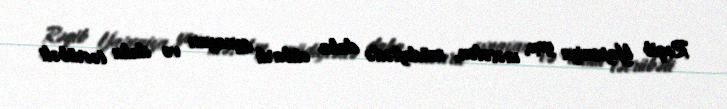
Rəqib Yaponiya yox, məsələn, müdafiədə daha etibarlı oynayan və daha təcrübəli